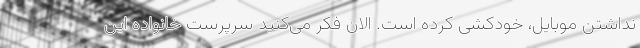
نداشتن موبایل، خودکشی کرده است. الان فکر می‌کنید سرپرست خانواده این